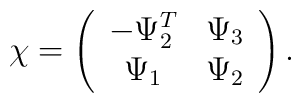
\chi = \left( \begin{array}{cc} -\Psi_2^T & \Psi_3 \\ \Psi_1 &\Psi_2 \end{array} \right).